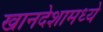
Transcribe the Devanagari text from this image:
खानदेशामध्ये